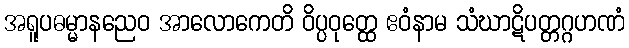
အရူပဓမ္မာနညေဝ အာလောကေတိ ဝိပ္ပဝုတ္ထေ ဧဝံနာမ သံဃာဋိပတ္တဂ္ဂဟဏံ